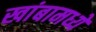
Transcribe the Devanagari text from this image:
खांबामध्ये